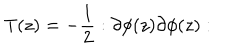
T ( z ) = - \frac { 1 } { 2 } : \partial \phi ( z ) \partial \phi ( z ) :